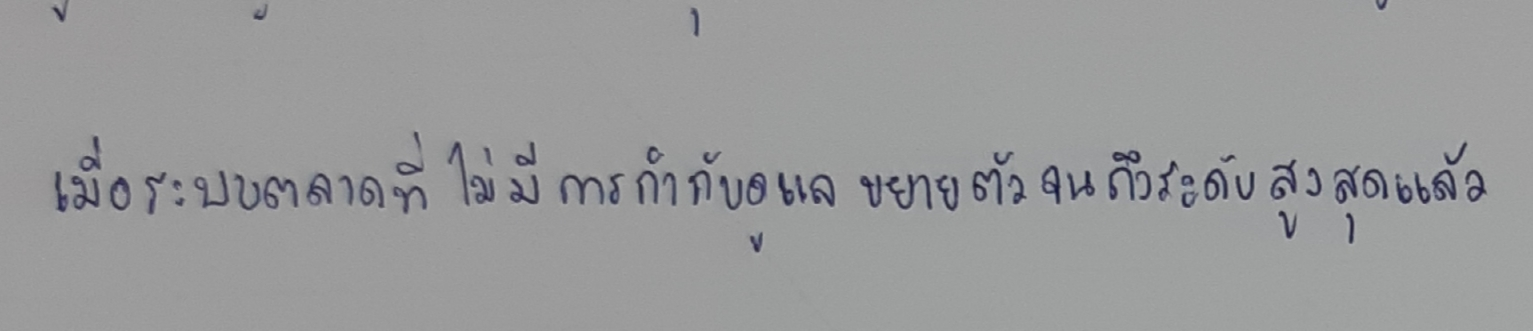
เมื่อระบบตลาดที่ไม่มีการกำกับดูแลขยายตัวจนถึงระดับสูงสุดแล้ว